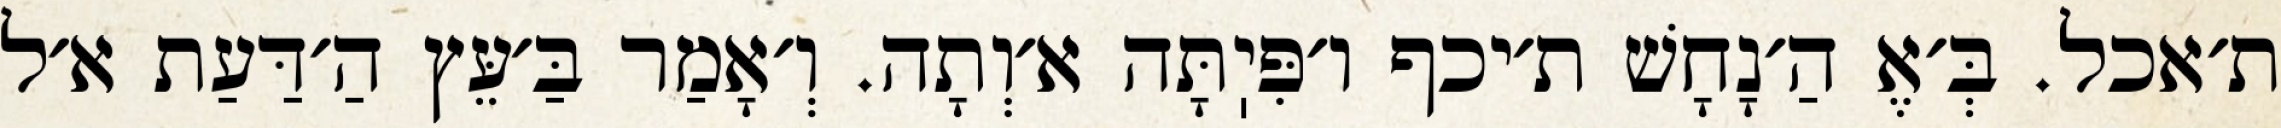
ת׳אכל. בְּ׳אֶ הַ׳נָחָשׁ ת׳יכף ו׳פִּיֽתָּה א׳וְתָה. וְ׳אָמַר בַּ׳עֵּץ הַ׳דַּעַת א׳ל